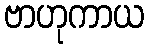
ဗာဟုကာယ